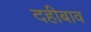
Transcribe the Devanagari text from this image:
दहीबाव